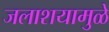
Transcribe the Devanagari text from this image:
जलाशयामुळे